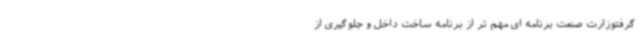
گرفتوزارت صنعت برنامه ای مهم تر از برنامه ساخت داخل و جلوگیری از